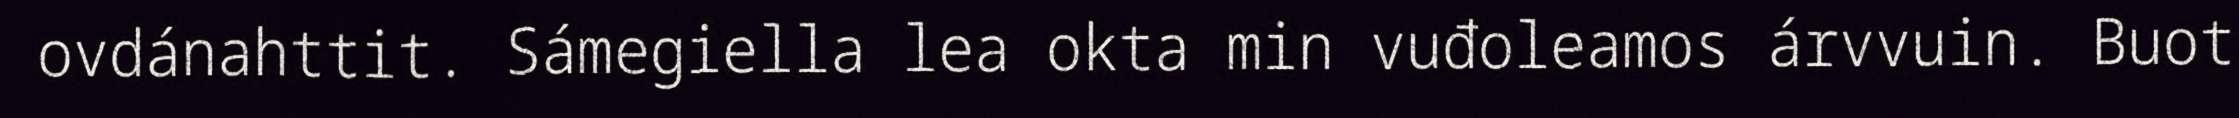
ovdánahttit. Sámegiella lea okta min vuđoleamos árvvuin. Buot